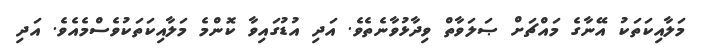
މަލާއިކަތަކު އޭނާގެ މައްޗަށް ޞަލަވާތް ވިދާޅުވާނެތެވެ. އަދި އުޑުގައިވާ ކޮންމެ މަލާއިކަތަކުވެސްމެއެވެ. އަދި